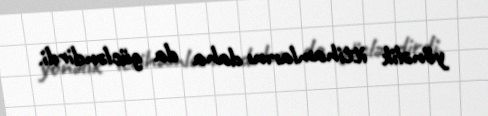
yönəlik ittihamlarını daha da gücləndirdi.